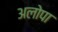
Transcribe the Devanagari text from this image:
अलोपा